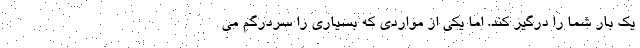
یک بار شما را درگیر کند. اما یکی از مواردی که بسیاری را سردرگم می